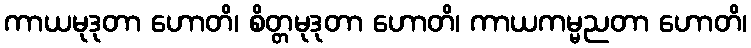
ကာယမုဒုတာ ဟောတိ၊ စိတ္တမုဒုတာ ဟောတိ၊ ကာယကမ္မညတာ ဟောတိ၊